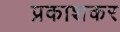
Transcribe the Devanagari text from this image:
प्रकाशकर